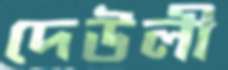
দেউলী